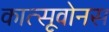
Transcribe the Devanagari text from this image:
कात्सूवोनस